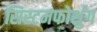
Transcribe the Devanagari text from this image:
सिस्टमफोर्शुंग